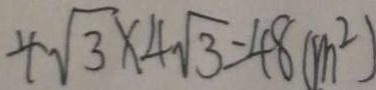
4 \sqrt { 3 } \times 4 \sqrt { 3 } = 4 8 ( m ^ { 2 } )